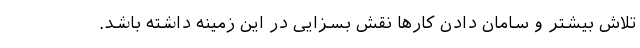
تلاش بیشتر و سامان دادن کارها نقش بسزایی در این زمینه داشته باشد.